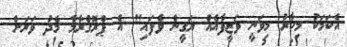
އެކަމަކު މިހާރު މިވަނީ ވަޒީފާއެއް ޔަގީން ވެފައި" އެ ޕްރޮގްރާމާ މެދު ވަރަށް